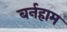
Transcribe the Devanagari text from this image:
बर्नहाम